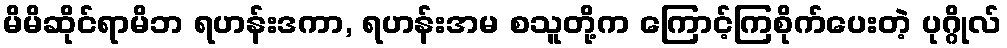
မိမိဆိုင်ရာမိဘ ရဟန်းဒကာ, ရဟန်းအမ စသူတို့က ကြောင့်ကြစိုက်ပေးတဲ့ ပုဂ္ဂိုလ်